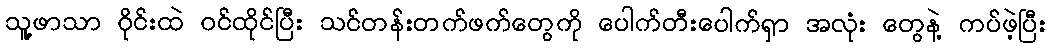
သူ့ဖာသာ ဝိုင်းထဲ ဝင်ထိုင်ပြီး သင်တန်းတက်ဖက်တွေကို ပေါက်တီးပေါက်ရှာ အလုံး တွေနဲ့ ကပ်ဖဲ့ပြီး